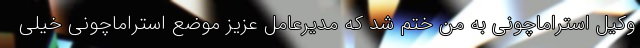
وکیل استراماچونی به من ختم شد که مدیرعامل عزیز موضع استراماچونی خیلی